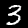
Digit: 3